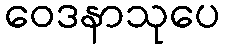
ဝေဒနာသုပေ